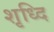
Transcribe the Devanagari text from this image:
शृध्दि